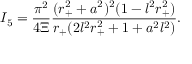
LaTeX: I _ { 5 } = \frac { \pi ^ { 2 } } { 4 \Xi } \frac { ( r _ { + } ^ { 2 } + a ^ { 2 } ) ^ { 2 } ( 1 - l ^ { 2 } r _ { + } ^ { 2 } ) } { r _ { + } ( 2 l ^ { 2 } r _ { + } ^ { 2 } + 1 + a ^ { 2 } l ^ { 2 } ) } .